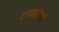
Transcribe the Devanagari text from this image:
टाकीच्या